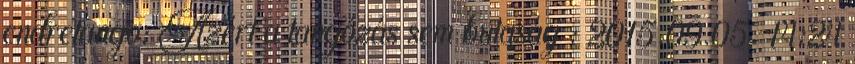
endretango: Azért a tangózás sem butaság : 2015.09.05. 14:24